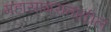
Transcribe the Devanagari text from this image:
महासागरातातील